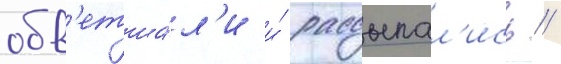
обв'етша́л'и и́ рассыпал'ись //